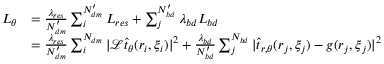
\begin{array} { r l } { L _ { \theta } } & { = \frac { \lambda _ { r e s } } { N _ { d m } ^ { \prime } } \sum _ { i } ^ { N _ { d m } ^ { \prime } } L _ { r e s } + \sum _ { j } ^ { N _ { b d } ^ { \prime } } \lambda _ { b d } L _ { b d } } \\ & { = \frac { \lambda _ { r e s } } { N _ { d m } ^ { \prime } } \sum _ { i } ^ { N _ { d m } } | \mathcal { L } \hat { t } _ { \theta } ( \boldsymbol { r } _ { i } , \boldsymbol { \xi } _ { i } ) | ^ { 2 } + \frac { \lambda _ { b d } } { N _ { b d } ^ { \prime } } \sum _ { j } ^ { N _ { b d } } | \hat { t } _ { r , \theta } ( \boldsymbol { r } _ { j } , \boldsymbol { \xi } _ { j } ) - g ( \boldsymbol { r } _ { j } , \boldsymbol { \xi } _ { j } ) | ^ { 2 } } \end{array}